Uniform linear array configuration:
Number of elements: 12
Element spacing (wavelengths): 0.25
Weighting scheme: blackman
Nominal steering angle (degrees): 15
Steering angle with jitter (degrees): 14.434
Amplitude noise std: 0.05
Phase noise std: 0.05

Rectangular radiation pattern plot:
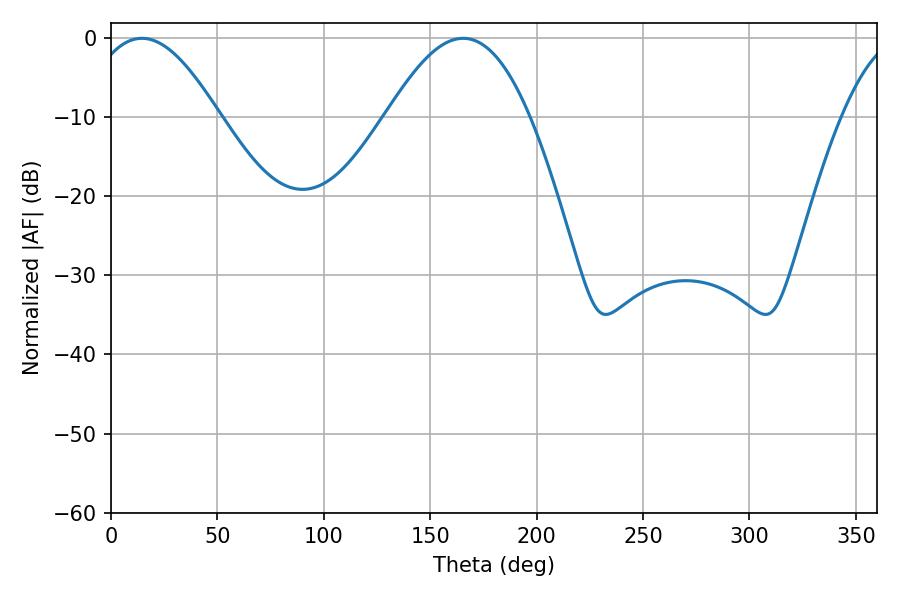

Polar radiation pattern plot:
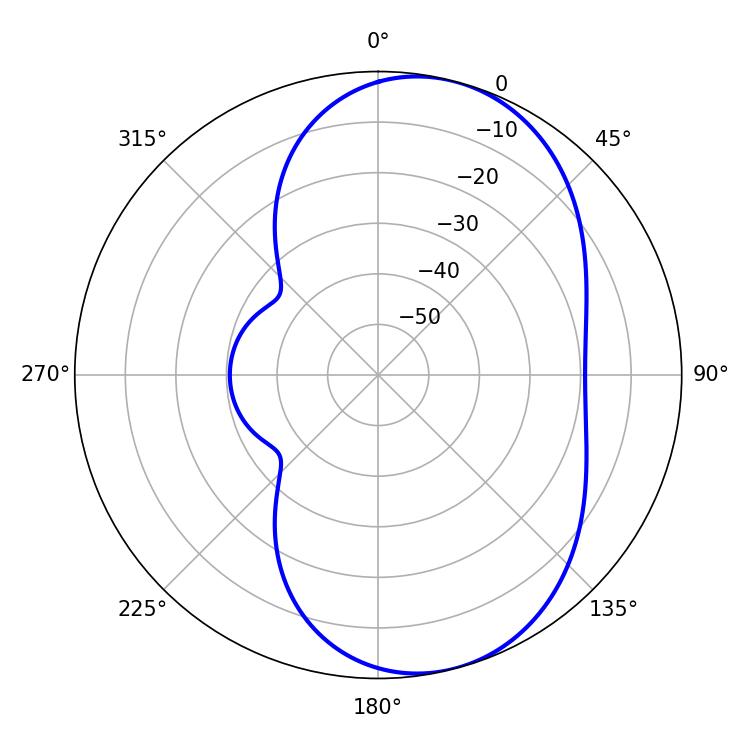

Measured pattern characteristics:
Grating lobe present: FALSE
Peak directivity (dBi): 7.11
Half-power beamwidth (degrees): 33.48
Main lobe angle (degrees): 14.58